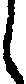
し